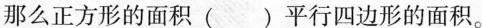
那么正方形的面积（）平行四边形的面积。